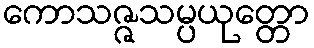
ကောသဇ္ဇသမ္ပယုတ္တော